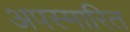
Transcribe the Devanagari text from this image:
अपस्मारित